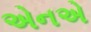
એનએ